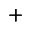
\pmb { + }